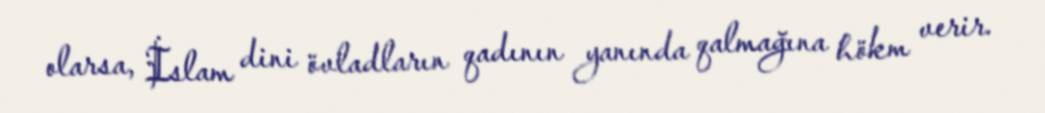
olarsa, İslam dini övladların qadının yanında qalmağına hökm verir.